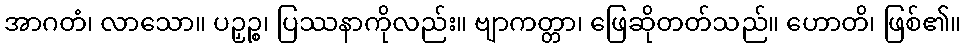
အာဂတံ၊ လာသော။ ပဉှဉ္စ၊ ပြဿနာကိုလည်း။ ဗျာကတ္တာ၊ ဖြေဆိုတတ်သည်။ ဟောတိ၊ ဖြစ်၏။